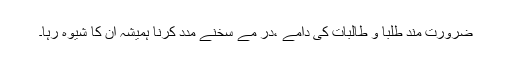
ضرورت مند طلبا و طالبات کی دامے ،در مے سخنے مدد کرنا ہمیشہ ان کا شیوہ رہا۔